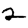
Digit: 2